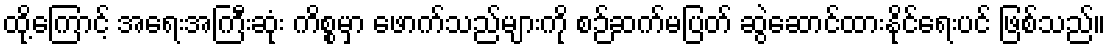
ထို့ကြောင့် အရေးအကြီးဆုံး ကိစ္စမှာ ဖောက်သည်များကို စဉ်ဆက်မပြတ် ဆွဲဆောင်ထားနိုင်ရေးပင် ဖြစ်သည်။